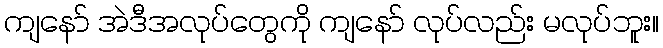
ကျနော် အဲဒီအလုပ်တွေကို ကျနော် လုပ်လည်း မလုပ်ဘူး။